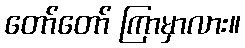
တော်တော် ကြာမှာလား။